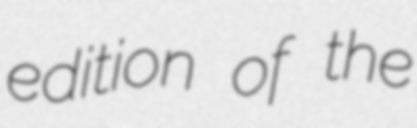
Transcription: edition of the